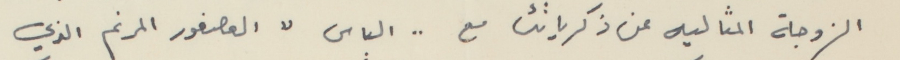
الزوجة المثاليه عن ذكرياتك مع .. الياس "العصفور المرنم الذي